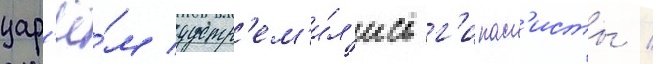
цар'ё́м устр'ем'и́л'ись г'ипасп'исты /